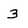
Character: 3